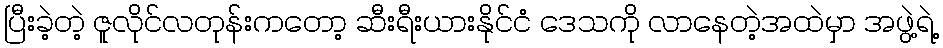
ပြီးခဲ့တဲ့ ဇူလိုင်လတုန်းကတော့ ဆီးရီးယားနိုင်ငံ ဒေသကို လာနေတဲ့အထဲမှာ အဖွဲ့ရဲ့